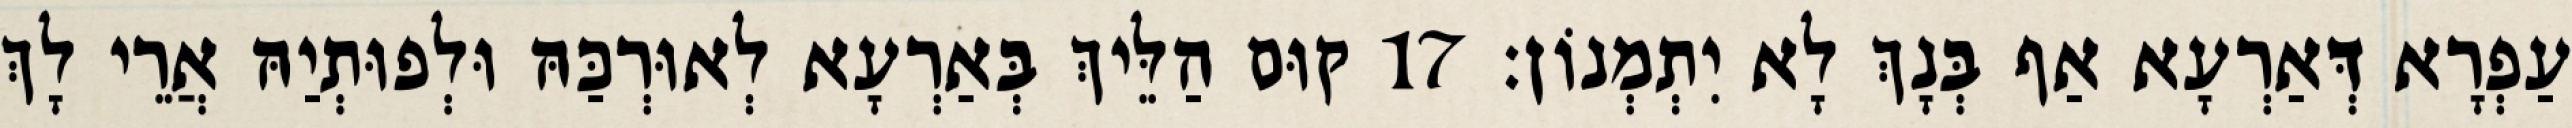
עַפְרָא דְּאַרְעָא אַף בְּנָךְ לָא יִתְמְנוֹן׃ 17 קוּם הַלֵּיךְ בְּאַרְעָא לְאוּרְכַּהּ וּלְפוּתְיַהּ אֲרֵי לָךְ